Senior Leaving Certificate Examination (including Day School Certificate (Higher) General paper), 1948
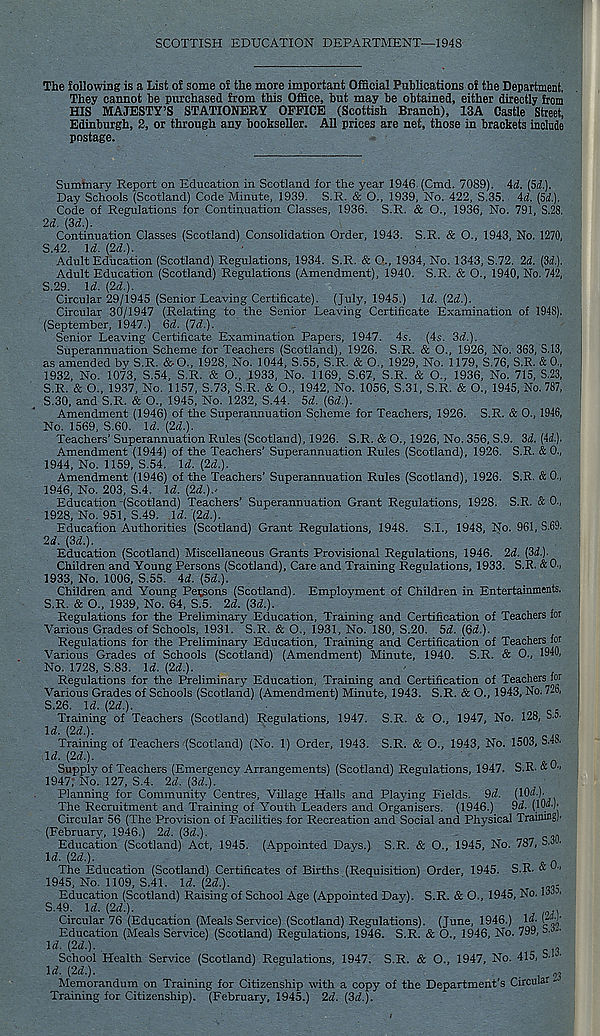
SCOTTISH EDUCATION DEPARTMENT—1948
The following is a List of some of the more important Official Publications of the Department.
They cannot be purchased from this Office, but may be obtained, either directly item
HIS MAJESTY’S STATIONERY OFFICE (Scottish Branch), 13A Castle Street,
Edinburgh, 2, or through any bookseller. All prices are net, those in brackets include
postage.
Summary Report on Education in Scotland for the year 1946. (Cmd. 7089). id. (5d.).
Day Schools (Scotland) Code Minute, 1939. S.R. & O., 1939, No. 422, S.35. id. (5d.).
Code of Regulations for Continuation Classes, 1936. S.R. & O., 1936, No. 791, S.28.
2d. (3d.).
Continuation Classes (Scotland) Consolidation Order, 1943. S.R. & O., 1943, No. 1270,
S.42. U. (2d.).
Adult Education (Scotland) Regulations, 1934. S.R. & O., 1934, No. 1343, S.72. 2d. (3d.).
Adult Education (Scotland) Regulations (Amendment), 1940. S.R. & O., 1940, No. 742,
5.29. Id. (2d.).
Circular 29/1945 (Senior Leaving Certificate). (July, 1945.) Id. (2d.).
Circular 30/1947 (Relating to the Senior Leaving Certificate Examination of 1948).
(September, 1947.) 3d. (Id.).
Senior Leaving Certificate Examination Papers, 1947. 4s. (4s. 3d.).
Superannuation Scheme for Teachers (Scotland), 1926. S.R. & O., 1926, No. 363, S.13,
as amended by S.R. &0., 1928, No. 1044, S.55, S.R. & O., 1929, No. 1179, S.76, S.R. & 0.,
1932, No. 1073, S.54, S.R. & O., 1933, No. 1169, S.67, S.R. & O., 1936, No. 715, S.23,
S.R. & O., 1937, No. 1157, S.73, S.R. & O., 1942, No. 1056, S.31, S.R. & O., 1945, No. 787,
5.30, and S.R. & O., 1945, No. 1232, S.44. 5d. (3d.).
Amendment (1946) of the Superannuation Scheme for Teachers, 1926. S.R. & O., 1946,
No. 1569, S.60. U. (2d.).
Teachers’ Superannuation Rules (Scotland), 1926. S.R. & O., 1926, No. 356, S.9. 3d. (id.).
Amendment (1944) of the Teachers’ Superannuation Rules (Scotland), 1926. S.R. & 0.,
1944, No. 1159, S.54. \d. (2d.).
Amendment (1946) of the Teachers’ Superannuation Rules (Scotland), 1926. S.R. & 0.,
1946, No. 203, S.4. Id. (2d.).-
Education-(Scotland) Teachers’ Superannuation Grant Regulations, 1928. S.R. & 0.,
1928, No. 951, S.49. \d. (2d.).
Education Authorities (Scotland) Grant Regulations, 1948. S.I., 1948, No. 961, S.69.
2d. (3d.).
Education (Scotland) Miscellaneous Grants Provisional Regulations, 1946. 2<2. (3d.).
Children and Young Persons (Scotland), Care and Training Regulations, 1933. S.R. & 0.,
1933, No. 1006, S.55. id. (5d.).
Children and Young Persons (Scotland). Employment of Children in Entertainments.
S.R. & O., 1939, No. 64, S.5. 2d. (3d.).
Regulations for the Preliminary Education, Training and Certification of Teachers for
Various Grades of Schools, 1931. S.R. & O., 1931, No. 180, S.20. 5d. (6d.).
Regulations for the Preliminary Education, Training and Certification of Teachers for
Various Grades of Schools (Scotland) (Amendment) Minute, 1940. S.R. & 0., 1940,
No. 1728, S.83. Id. (2d.).
Regulations for the Preliminary Education, Training and Certification of Teachers for
Various Grades of Schools (Scotland) (Amendment) Minute, 1943. S.R. & O., 1943, No; 7.6,
S.26. \d.(2d.).
Training of Teachers (Scotland) Regulations, 1947. S.R. & O., 1947, No. 128, S.o-
Id. (2d.).
Training of Teachers (Scotland) (No. 1) Order, 1943. S.R. & O., 1943, No. 1503, S.4S.
Id. (2d.).
Supply of Teachers (Emergency Arrangements) (Scotland) Regulations, 1947. S.R. & 0"
1947, No. 127, S.4. 2d. (3d).
Planning for Community Centres, Village Halls and Playing Fields. 9d. (lOd)-
The Recruitment and Training of Youth Leaders and Organisers. (1946.) Sd. (lO/*-)'
Circular 56 (The Provision of Facilities for Recreation and Social and Physical Training)'
(February, 1946.) 2d. (3d.).
.
Education (Scotland) Act, 1945. (Appointed Days.) S.R. & O., 1945, No. 787, S.L.
U. (2d.).
'
The Education (Scotland) Certificates of Births (Requisition) Order, 1945. S.R. « u "
1945, No. 1109, S.41. Id. (2d.).
Education (Scotland) Raising of School Age (Appointed Day). S.R. & O., 1945, No. I'” 3 '
S.49. Irf. (2d.).
.
Circular 76 (Education (Meals Service) (Scotland) Regulations). (June, 1946.) W-
Education (Meals Service) (Scotland) Regulations, 1946. S.R. & O., 1946, No. 799, 54-
l^- ( 2^- )-.
c
School Health Service (Scotland) Regulations, 1947. S.R. & O., 1947, No. 415, S.
li. (2d.).
^
, 3
Memorandum on Training for Citizenship with a copy of the Department’s Circular -
Training for Citizenship). (February, 1945.) 2d. (3(2.).